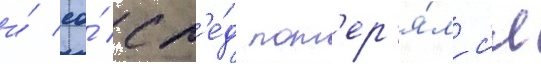
и́ ео́ сл'е́д пот'ер'я́лс'я